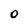
Character: O